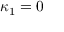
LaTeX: \, \kappa _ { 1 } = 0